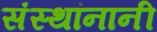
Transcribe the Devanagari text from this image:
संस्थांनानी